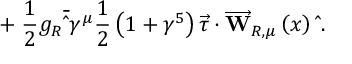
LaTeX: \mathbf { + \; } \frac { 1 } { 2 } g _ { R } \overline { { { \widehat { \mathbf { \psi } } } } } \gamma ^ { \mu } \frac { 1 } { 2 } \left( 1 + \gamma ^ { 5 } \right) \overrightarrow { \tau } \cdot \overrightarrow { \mathbf { W } } _ { R , \mu } \left( x \right) \widehat { \mathbf { \psi } } .